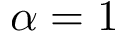
\alpha = 1